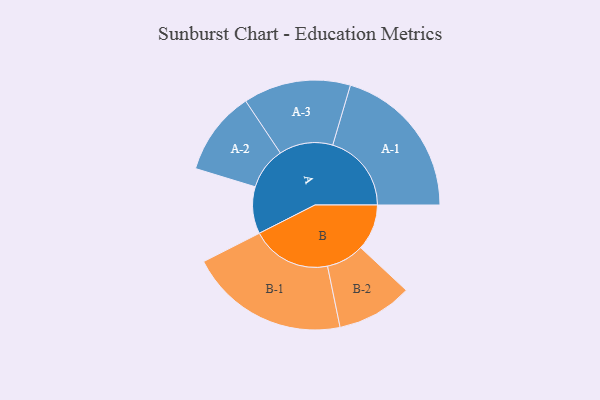
{"axis": {"x": "Segment", "y": "Value"}, "legend": ["", "A", "B"], "data": [{"x": "A", "y": 154, "type": ""}, {"x": "B", "y": 151, "type": ""}, {"x": "A-1", "y": 258, "type": "A"}, {"x": "A-2", "y": 138, "type": "A"}, {"x": "A-3", "y": 176, "type": "A"}, {"x": "B-1", "y": 262, "type": "B"}, {"x": "B-2", "y": 124, "type": "B"}]}